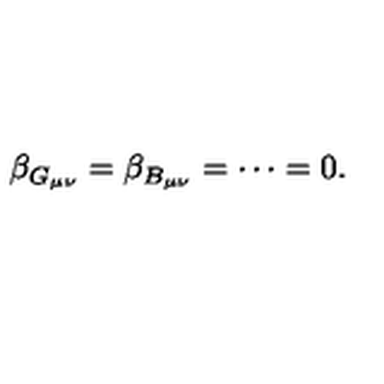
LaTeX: \beta _ { G _ { \mu \nu } } = \beta _ { B _ { \mu \nu } } = \cdots = 0 .